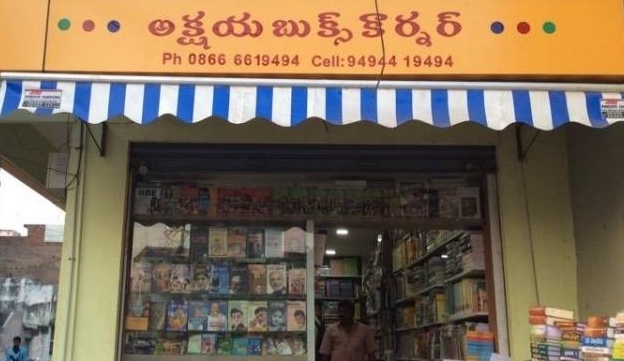
Language: telugu
Transcription: బుక్స్ కార్నర్ అక్షయ